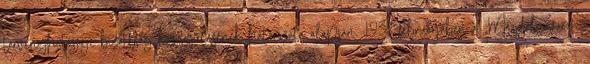
törvényhatósági bizottság közgyűlésének határozata alapján, 1938 februárjában a „Magdolnaváros”